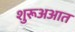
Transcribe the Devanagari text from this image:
शुरूअआत